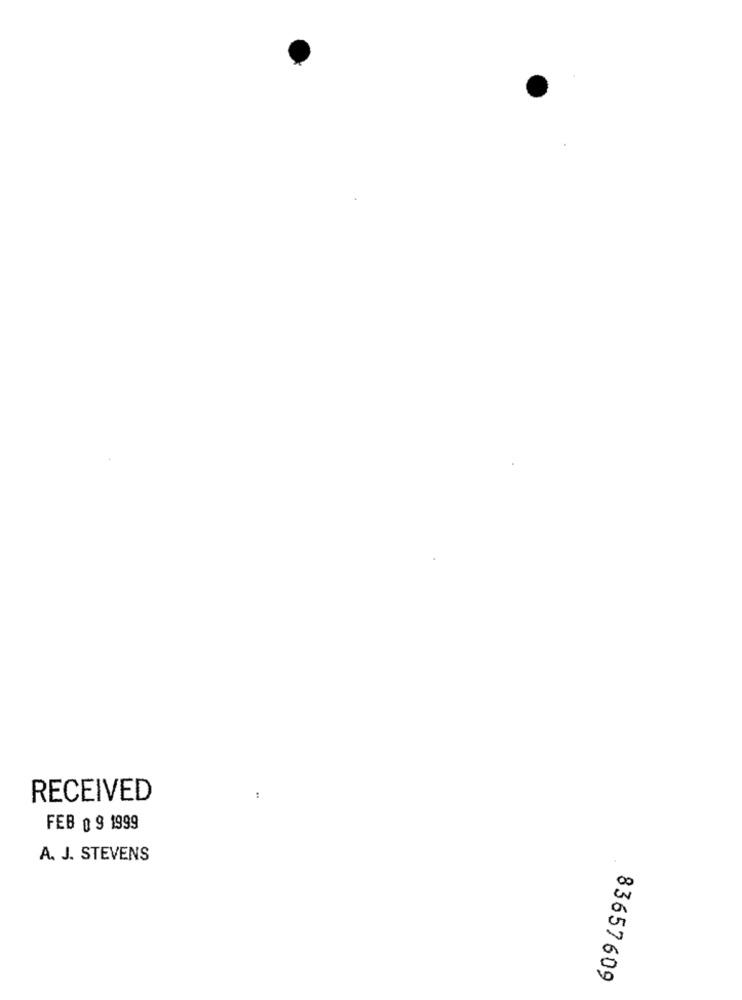
RECEIVED
FEB 0 9 1999
A. J. STEVENS
83657609